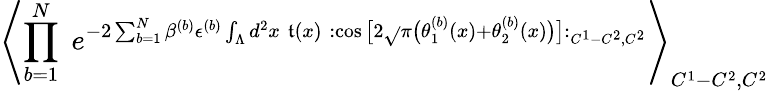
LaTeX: \left\langle\prod_{b=1}^{N}\; e^{-2\sum_{b=1}^{N}\beta^{(b)}\epsilon^{(b)}\int_{\Lambda}d^{2}x\; \mathfrak{t}(x)\; :\cos\big[2\sqrt{}{{\pi}}\big(\theta_{1}^{(b)}(x)+\theta_{2}^{(b)}(x)\big)\big]:_{C^{1}-C^{2},C^{2}}}\right\rangle_{C^{1}-C^{2},C^{2}}